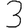
Digit: 3